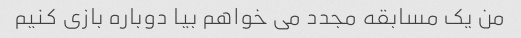
من یک مسابقه مجدد می خواهم بیا دوباره بازی کنیم